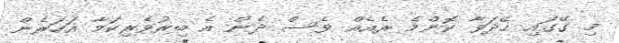
މި ގޭގައި ހޭދަވާ ކޮންމެ ރެއެއް ވެސް ދެން އެ ބިރުވެރިކަމާ އަހަރެން